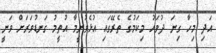
އަދި މިހާ ގިނަ ދުވަހު މިކަމުގެ ތެރޭގައި އުޅެވުނީމާ އުތީމު ގަނޑުވަރަށް ވަނީ